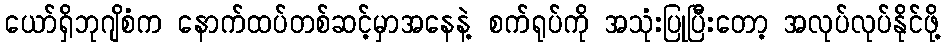
ယော်ရှိဘုဂျိစံက နောက်ထပ်တစ်ဆင့်မှာအနေနဲ့ စက်ရုပ်ကို အသုံးပြုပြီးတော့ အလုပ်လုပ်နိုင်ဖို့